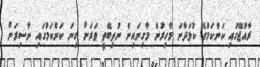
ރާއްޖޭގައި ކަންކަމުގެ ކުޅަދާނަ މާހިރުން މާގިނައިން ނުތިބޭތީ ވަރަށް ގިނަ ކަންކަމުގައި ނާސިރަށް